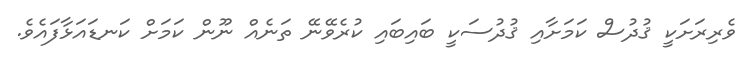
ވެރިރަށަކީ ޤުދުސް ކަމަށާއި ޤުދުސަކީ ބައިބައި ކުރެވޭނޭ ތަނެއް ނޫން ކަމަށް ކަނޑައަޅާފައެވެ.